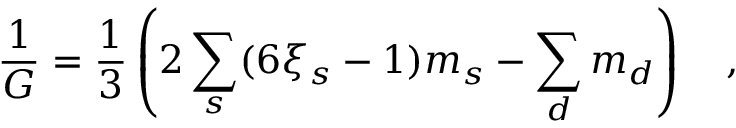
{ \frac { 1 } { G } } = \frac 1 3 \left( 2 \sum _ { s } ( 6 \xi _ { s } - 1 ) m _ { s } - \sum _ { d } m _ { d } \right) ~ ~ ~ ,